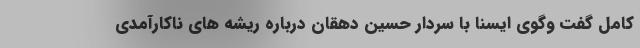
کامل گفت وگوی ایسنا با سردار حسین دهقان درباره ریشه های ناکارآمدی